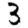
Digit: 3